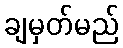
ချမှတ်မည်